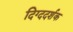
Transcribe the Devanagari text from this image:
दिग्ददर्शक